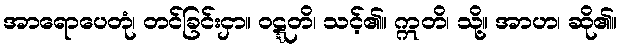
အာရောပေတုံ၊ တင်ခြင်းငှာ။ ဝဋ္ဋတိ၊ သင့်၏။ ဣတိ၊ သို့။ အာဟ၊ ဆို၏။